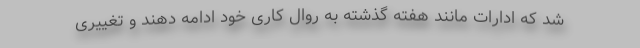
شد که ادارات مانند هفته گذشته به روال کاری خود ادامه دهند و تغییری